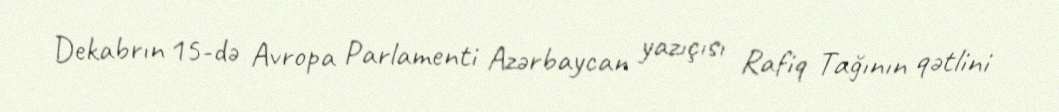
Dekabrın 15-də Avropa Parlamenti Azərbaycan yazıçısı Rafiq Tağının qətlini